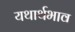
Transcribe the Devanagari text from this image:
यथार्थभाव